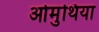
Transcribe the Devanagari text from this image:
ओमुथिया